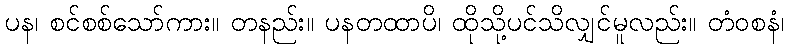
ပန၊ စင်စစ်သော်ကား။ တနည်း။ ပနတထာပိ၊ ထိုသို့ပင်သိလျှင်မူလည်း။ တံဝစနံ၊